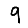
Digit: 9